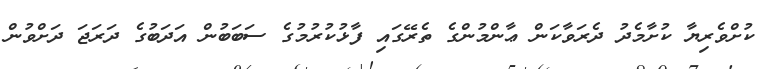
ކުށްވެރިޔާ ކުށާމެދު ދެރަވާކަން ޢާންމުންގެ ތެރޭގައި ފާޅުކުރުމުގެ ސަބަބުން އަދަބުގެ ދަރަޖަ ދަށްވުން